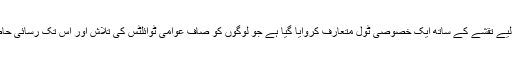
اس ایپ میں ٹوائلٹ کی تلاش کے لیے تقشے کے ساتھ ایک خصوصی ٹول متعارف کروایا گیا ہے جو لوگوں کو صاف عوامی ٹوائلٹس کی تلاش اور اس تک رسائی حاصل کرنے میں مدد فراہم کرے گا۔